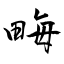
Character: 畮